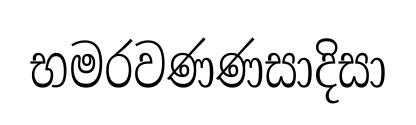
භමරවණණසාදිසා